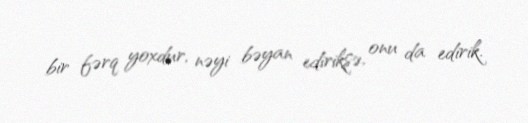
bir fərq yoxdur, nəyi bəyan ediriksə, onu da edirik.